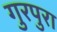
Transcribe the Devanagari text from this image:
गुरपुरा